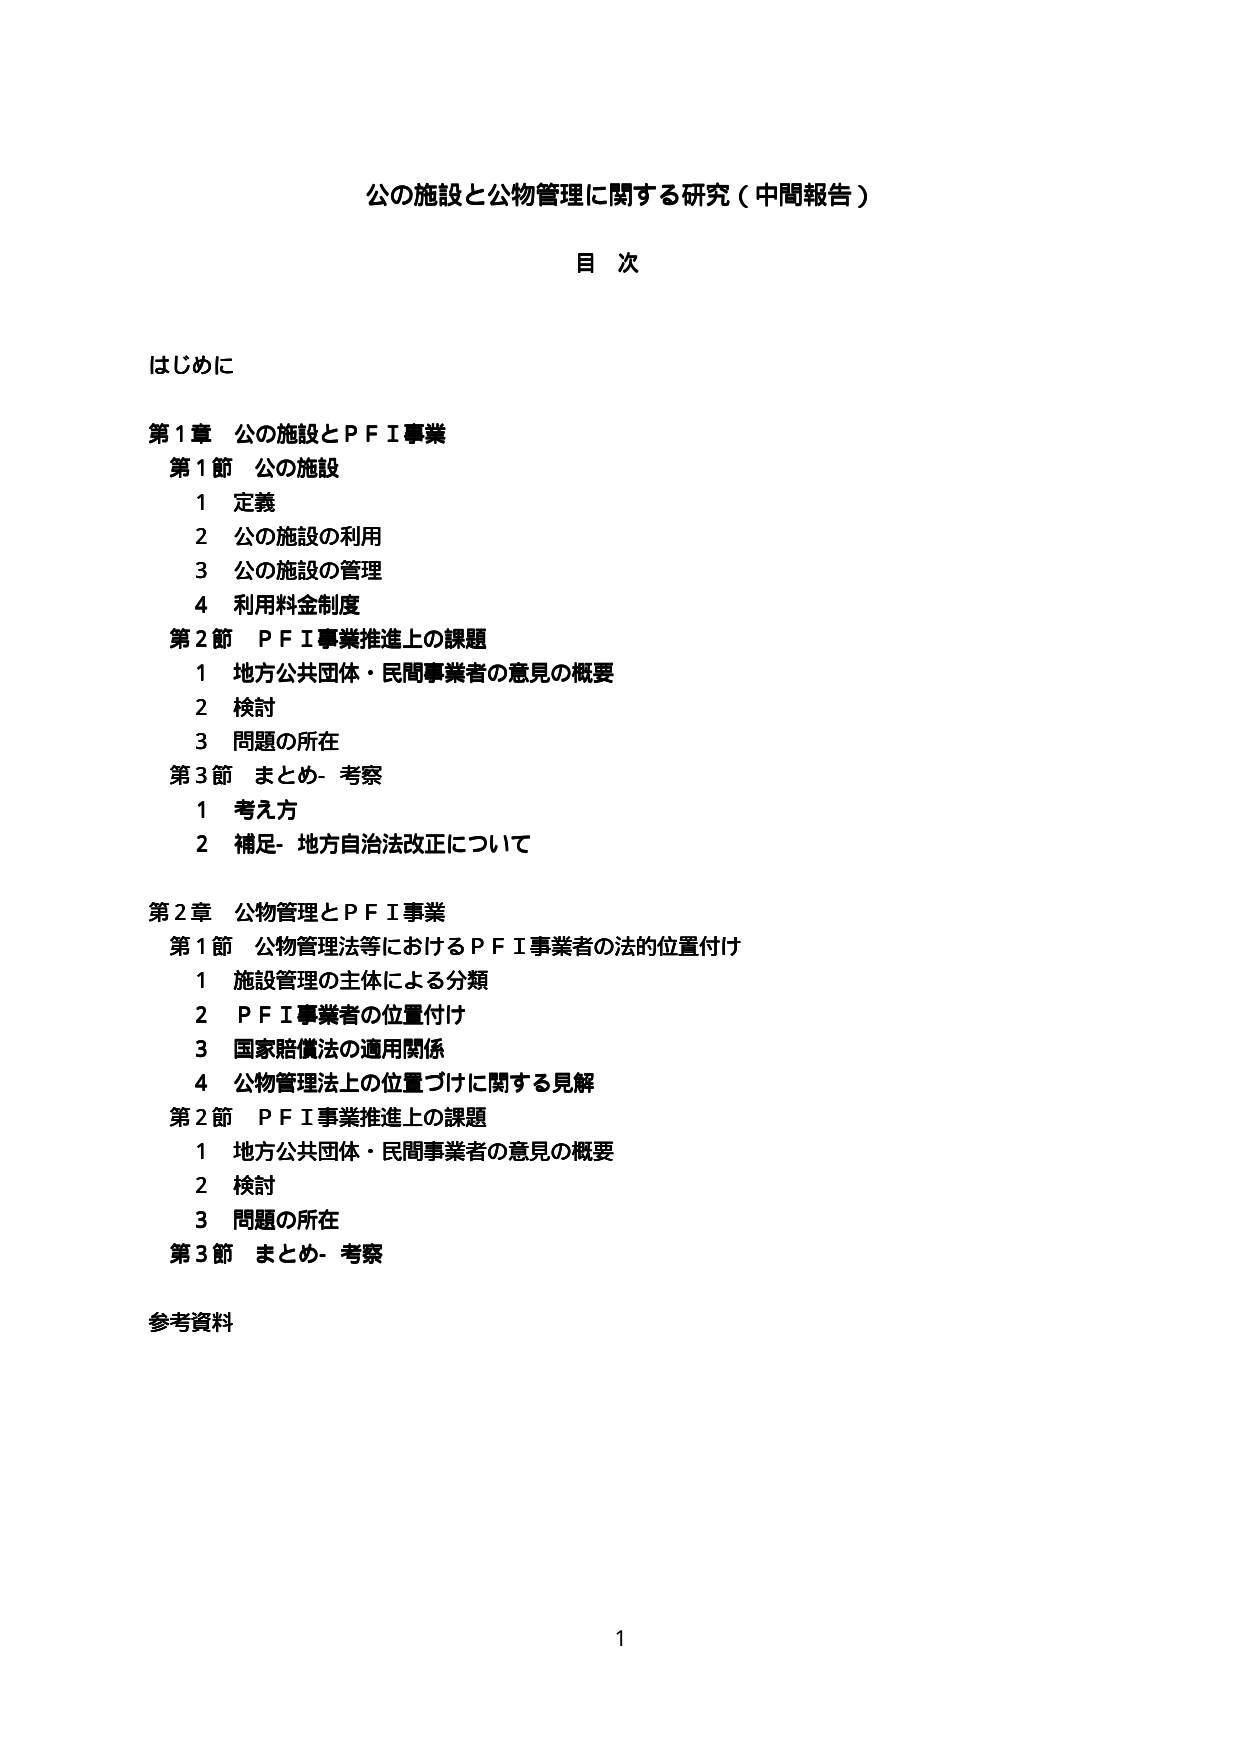
公の施設と公物管理に関する研究（中間報告）

目 次

はじめに

第1章 公の施設とＰＦＩ事業
第1節 公の施設
　1 定義
　2 公の施設の利用
　3 公の施設の管理
　4 利用料金制度
第2節 ＰＦＩ事業推進上の課題
　1 地方公共団体・民間事業者の意見の概要
　2 検討
　3 問題の所在
第3節 まとめ- 考察
　1 考え方
　2 補足- 地方自治法改正について

第2章 公物管理とＰＦＩ事業
第1節 公物管理法等におけるＰＦＩ事業者の法的位置付け
　1 施設管理の主体による分類
　2 ＰＦＩ事業者の位置付け
　3 国家賠償法の適用関係
　4 公物管理法上の位置づけに関する見解
第2節 ＰＦＩ事業推進上の課題
　1 地方公共団体・民間事業者の意見の概要
　2 検討
　3 問題の所在
第3節 まとめ- 考察

参考資料

1